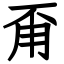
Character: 甭